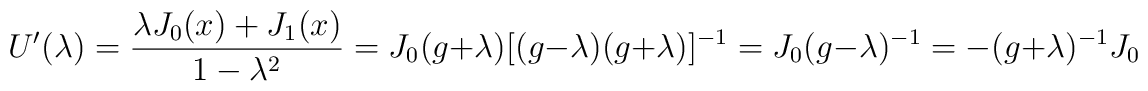
U^{\prime}(\lambda) = \frac{ \lambda J_{0}(x) + J_{1}(x) }{ 1- {\lambda}^{2} } = J_{0} (g + \lambda) [ (g - \lambda) (g + \lambda)]^{-1} =J_{0} (g - \lambda)^{-1} = - (g + \lambda)^{-1} J_{0}